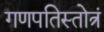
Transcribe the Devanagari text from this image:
गणपतिस्तोत्रं